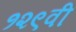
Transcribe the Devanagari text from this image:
१२९वी